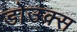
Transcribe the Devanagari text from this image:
डोउक्स